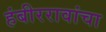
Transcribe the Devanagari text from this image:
हंबीररावांचा